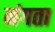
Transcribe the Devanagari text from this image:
नंगता